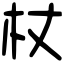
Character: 杖